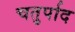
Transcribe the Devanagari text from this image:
चतुर्पाद